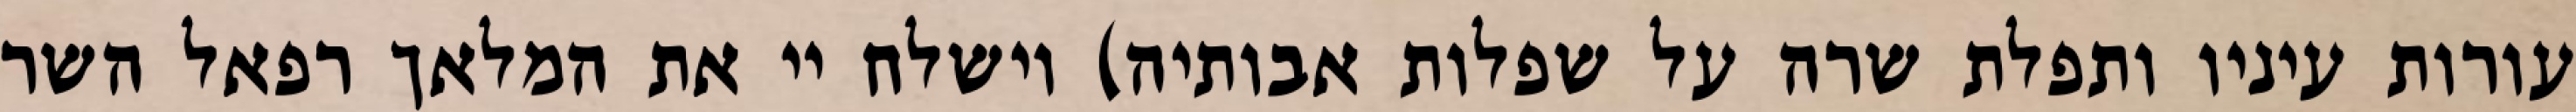
עורות עיניו ותפלת שרה על שפלות אבותיה) וישלח יי את המלאך רפאל השר